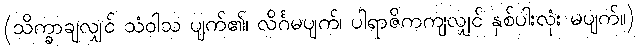
(သိက္ခာချလျှင် သံဝါသ ပျက်၏၊ လိင်္ဂမပျက်၊ ပါရာဇိကကျလျှင် နှစ်ပါးလုံး မပျက်။)